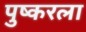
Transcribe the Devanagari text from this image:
पुष्करला